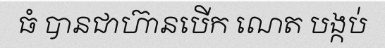
ធំ បានជាហ៊ានបើក ណេត បង្កប់